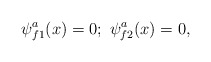
\begin{align*}\psi _{f1}^a(x)=0;\ \psi _{f2}^a(x)=0,\end{align*}